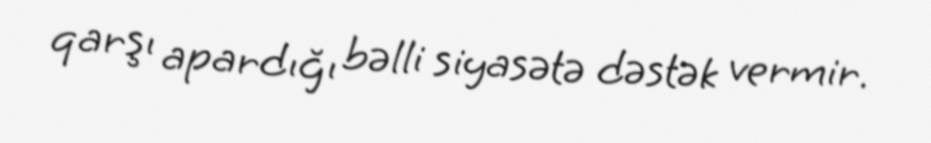
qarşı apardığı bəlli siyasətə dəstək vermir.